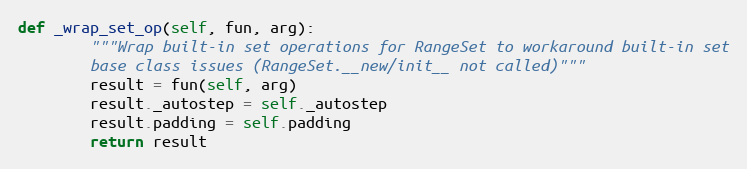
Language: Python
def _wrap_set_op(self, fun, arg):
        """Wrap built-in set operations for RangeSet to workaround built-in set
        base class issues (RangeSet.__new/init__ not called)"""
        result = fun(self, arg)
        result._autostep = self._autostep
        result.padding = self.padding
        return result